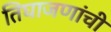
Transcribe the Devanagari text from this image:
तिघाजणांची